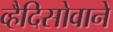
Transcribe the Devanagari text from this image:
व्हैदिसोवाने